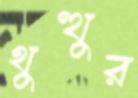
থুত্থুর